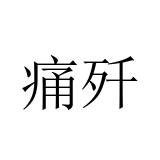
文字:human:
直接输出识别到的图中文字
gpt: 痛歼